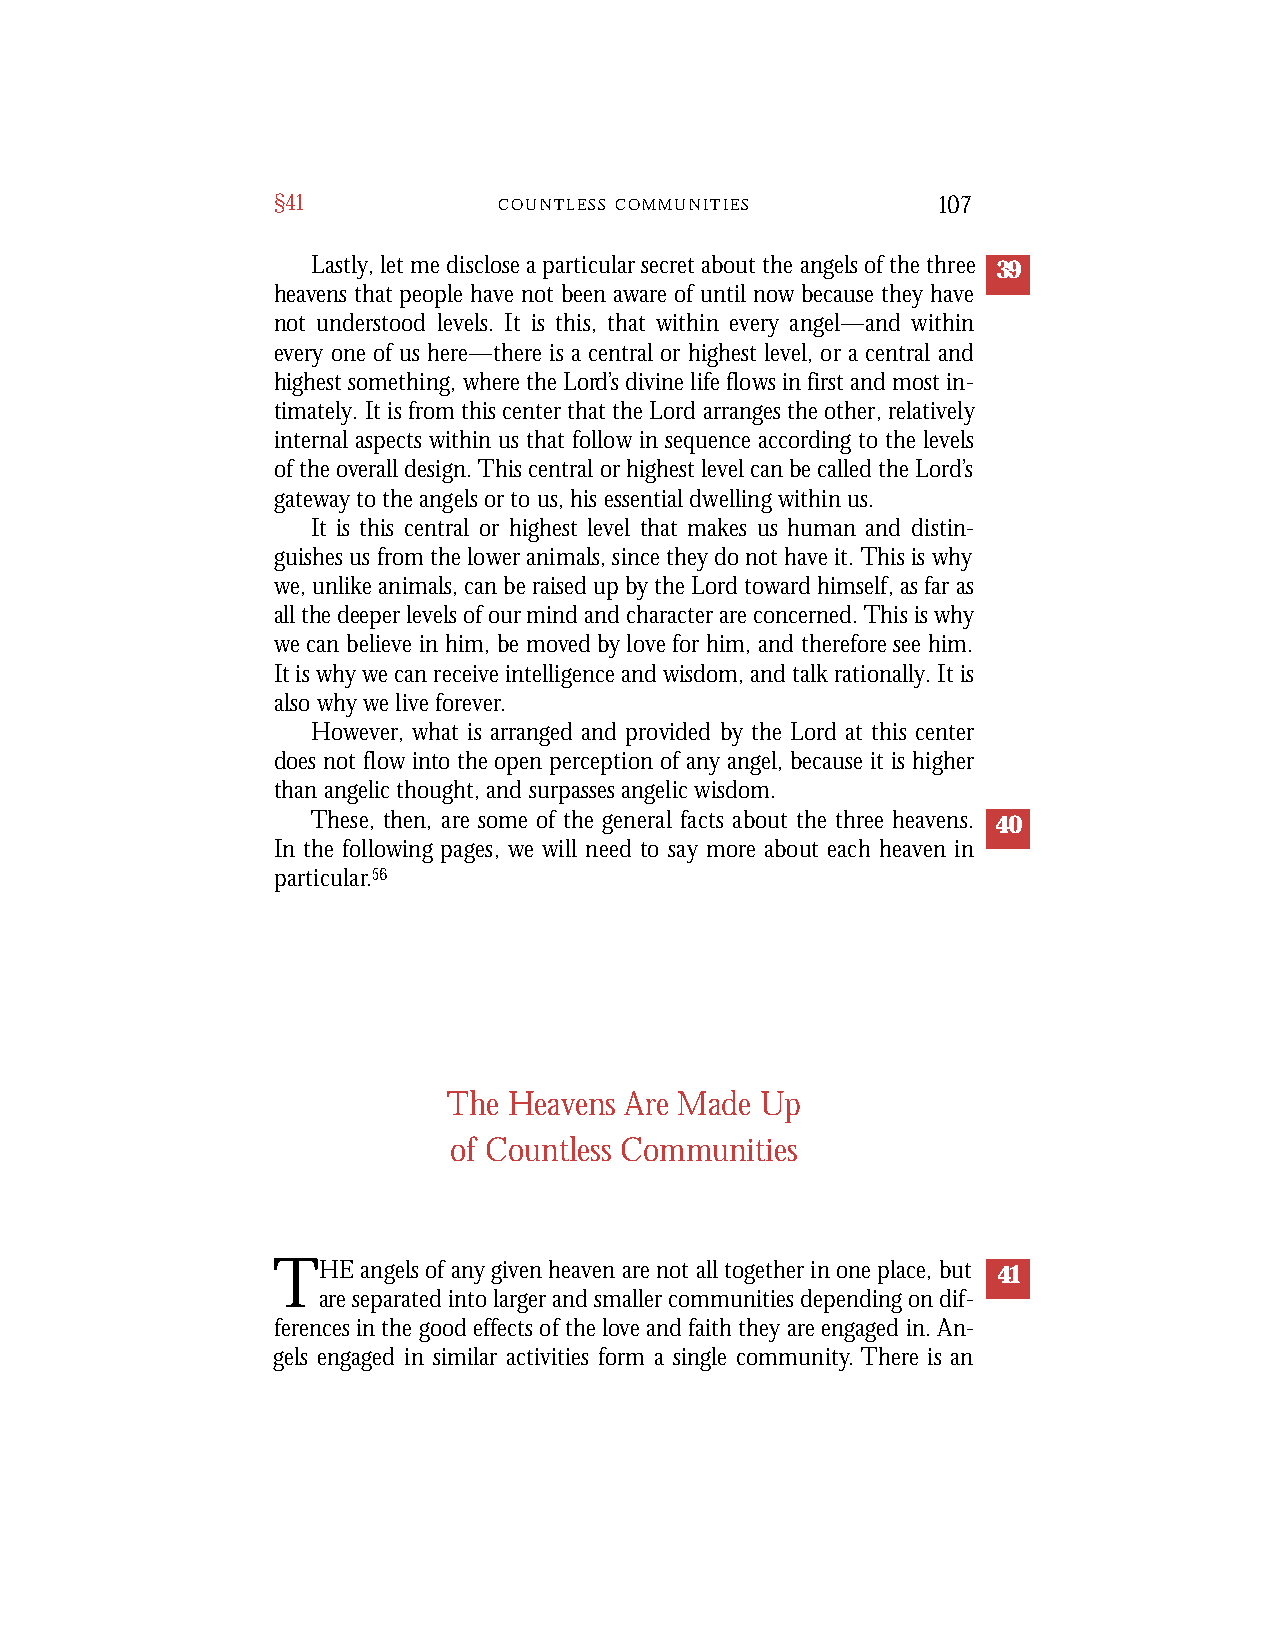
§41            C O U N T L E S S C O M M U N I T I E S 107
 Lastly, let me disclose a particular secret about the angels of the three 39
 heavens that people have not been aware of until now because they have
 not understood levels. It is this, that within every angel—and within
 every one of us here—there is a central or highest level, or a central and
 highest something, where the Lord’s divine life flows in first and most in-
 timately. It is from this center that the Lord arranges the other, relatively
 internal aspects within us that follow in sequence according to the levels
 of the overall design. This central or highest level can be called the Lord’s
 gateway to the angels or to us, his essential dwelling within us.
 It is this central or highest level that makes us human and distin-
 guishes us from the lower animals, since they do not have it. This is why
 we, unlike animals, can be raised up by the Lord toward himself, as far as
 all the deeper levels of our mind and character are concerned. This is why
 we can believe in him, be moved by love for him, and therefore see him.
 It is why we can receive intelligence and wisdom, and talk rationally. It is
 also why we live forever.
 However, what is arranged and provided by the Lord at this center
 does not flow into the open perception of any angel, because it is higher
 than angelic thought, and surpasses angelic wisdom.
 These, then, are some of the general facts about the three heave n s . 40
 In the following pages, we will need to say more about each heaven in
 p a rt i c u l a r.5 6
 The Heavens Are Made Up
 of Countless Communities
 THE   angels of any given heaven are not all together in one place, but 41
 are separated into larger and smaller communities depending on dif-
 ferences in the good effects of the love and faith they are engaged in. An-
 gels engaged in similar activities form a single community. There is an